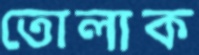
তোলাক